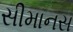
સીમાનસ